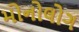
મોનોલોગ